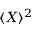
\langle X \rangle ^ { 2 }